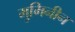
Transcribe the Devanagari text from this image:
मुमिनीन